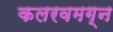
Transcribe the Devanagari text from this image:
कलरवमग्न